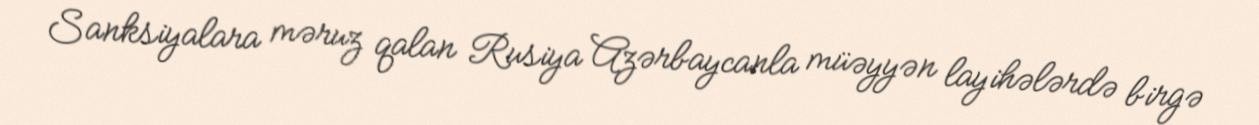
Sanksiyalara məruz qalan Rusiya Azərbaycanla müəyyən layihələrdə birgə